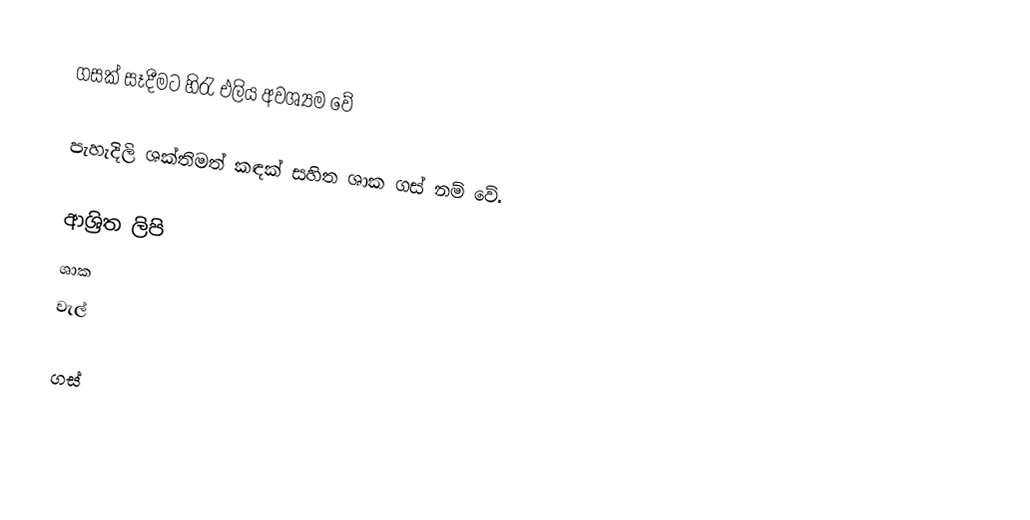
ගසක් සෑදීමට හිරැ එලිය අවශ්‍යම වේ

පැහැදිලි ශක්තිමත් කඳක් සහිත ශාක ගස් නම් වේ.

ආශ්‍රිත ලිපි
 ශාක
 වැල්

ගස්